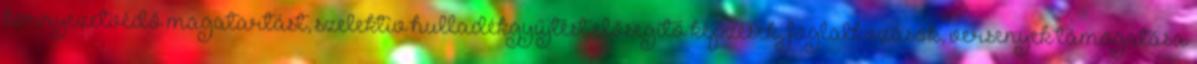
környezetvédő magatartást, szelektív hulladékgyűjtést elősegítő képzések, foglalkozások, versenyek támogatása